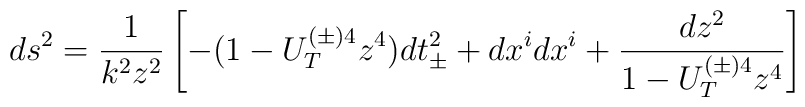
ds^2 = \frac{1}{k^2 z^2}\left[-(1 - U_T^{(\pm) 4} z^4) dt_{\pm}^2 + dx^i dx^i +       \frac{dz^2}{1 - U_T^{(\pm) 4} z^4}  \right]